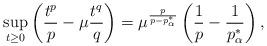
LaTeX: \begin{align*}\sup_{t\geq 0} \left(\frac{t^p}{p}-\mu\frac{t^q}{q}\right)=\mu^{\frac{p}{p-p^*_\alpha}}\left(\frac{1}{p}-\frac{1}{p^*_\alpha}\right),\end{align*}